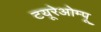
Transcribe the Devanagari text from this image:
टयूरेओम्पू